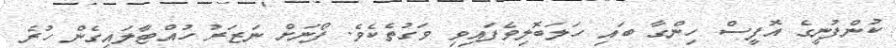
ކުންފުނީގެ އޮފީސް ހިންގާ ބައި ހަލަބޮލިވެފައިވި ވަގުތެކެވެ. ފޯނަށް ނަޒަރު ހުއްޓާލައިގެން ހުރެ